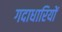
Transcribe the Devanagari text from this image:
गदाधारियों